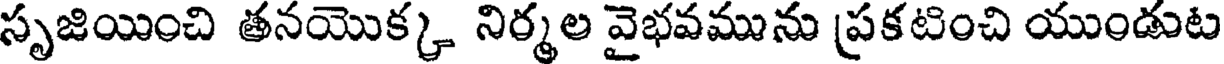
సృజియించి తనయొక్క నిర్మల వైభవమును ప్రకటించి యుండుట